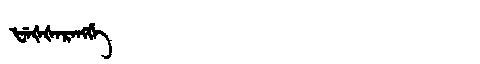
Manchu: ᡶᡝᡧᡧᡝᡵᡝᠩᡤᡝ
Romanization: FEŠŠERENGGE